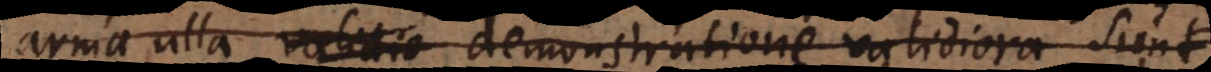
arma ulla validio demonstratione validiora sunt